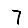
Digit: 7